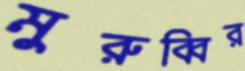
মুরুব্বির